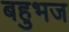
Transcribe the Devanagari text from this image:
बहुभज